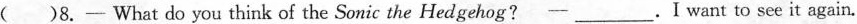
( )8.- What do you think of the Sonic the Hedgehog?—___.I want to see it again.